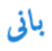
بانى